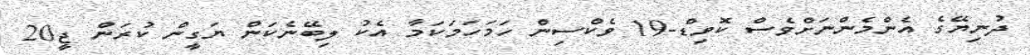
ދުނިޔޭގެ އެންމެންނަށްވެސް ކޮވިޑް-19 ވެކްސިން ހަމަހަމަކަމާ އެކު ލިބޭނެކަން ޔަގީން ކުރަން ޖީ20